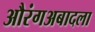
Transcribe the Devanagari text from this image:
औरंगअबादला